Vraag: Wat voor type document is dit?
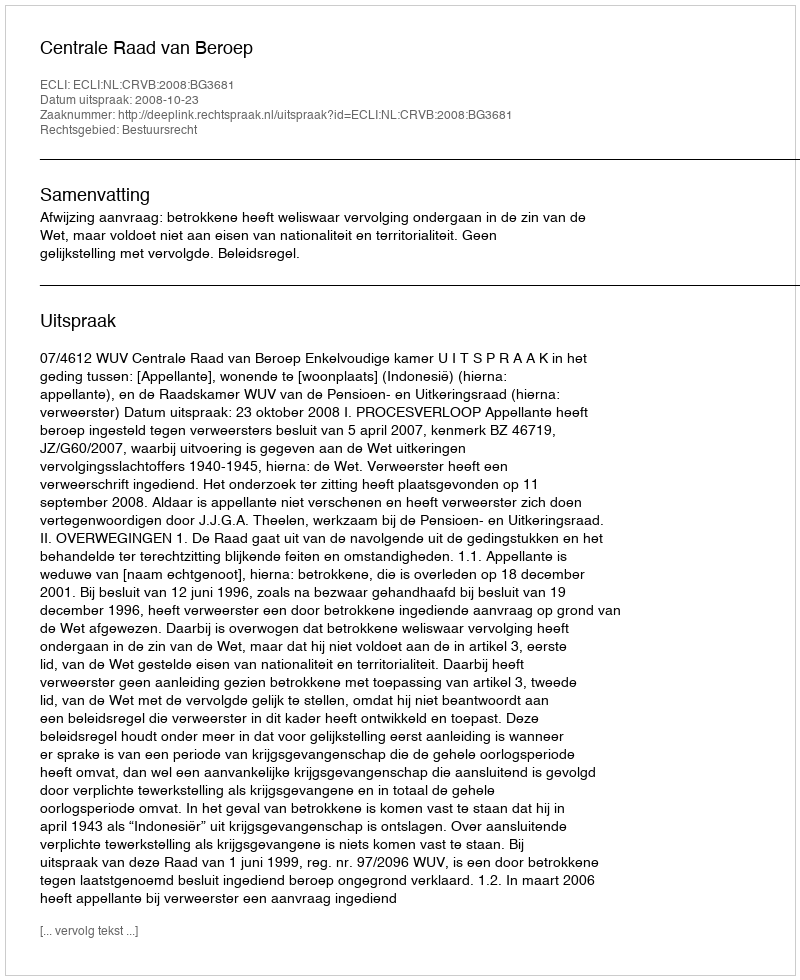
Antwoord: Uitspraak